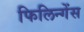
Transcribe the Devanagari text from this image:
फिलिन्गेंस